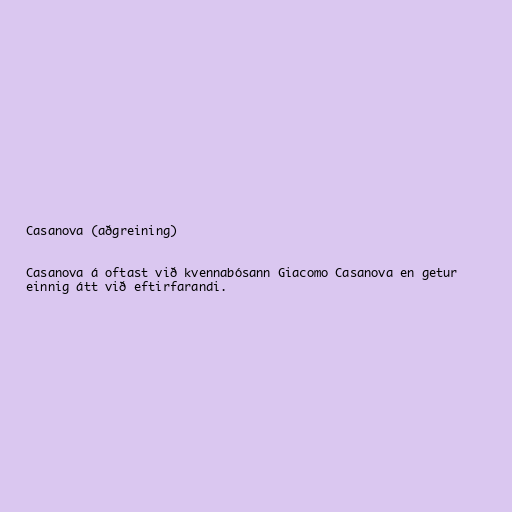
Casanova (aðgreining)

Casanova á oftast við kvennabósann Giacomo Casanova en getur
einnig átt við eftirfarandi.